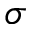
\sigma